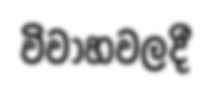
විවාහවලදී